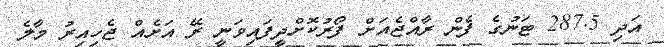
އަދި 287.5 ޓަނުގެ ފެން ރާއްޖެއަށް ފޯރުކޮށްދީފައިވަނީ ރޭ އަށެއް ޖެހިއިރު މާލެ